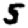
Digit: 5